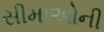
સીમાઓની